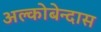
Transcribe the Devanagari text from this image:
अल्कोबेन्दास